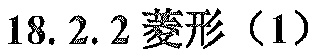
\(18.2.2菱形（1）\)